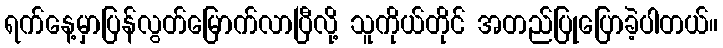
ရက်နေ့မှာပြန်လွတ်မြောက်လာပြီလို့ သူကိုယ်တိုင် အတည်ပြုပြောခဲ့ပါတယ်။